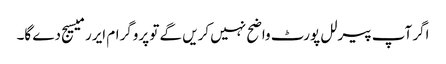
اگر آپ پیرلل پورٹ واضح نہیں کریں گے تو پروگرام ایرر میسیج دے گا۔